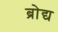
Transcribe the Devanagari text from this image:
ब्रोद्य